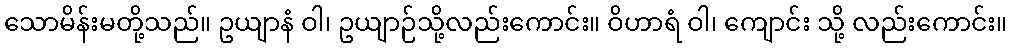
သောမိန်းမတို့သည်။ ဥယျာနံ ဝါ၊ ဥယျာဉ်သို့လည်းကောင်း။ ဝိဟာရံ ဝါ၊ ကျောင်း သို့ လည်းကောင်း။